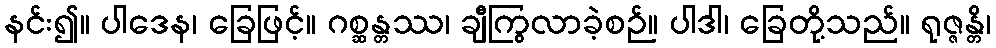
နင်း၍။ ပါဒေန၊ ခြေဖြင့်။ ဂစ္ဆန္တဿ၊ ချီကြွလာခဲ့စဉ်။ ပါဒါ၊ ခြေတို့သည်။ ရုဇ္ဇန္တိ၊